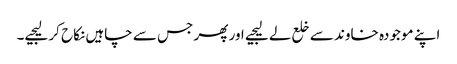
اپنے موجودہ خاوند سے خلع لے لیجیے اور پھر جس سے چاہیں نکاح کر لیجیے۔